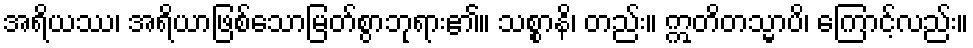
အရိယဿ၊ အရိယာဖြစ်သောမြတ်စွာဘုရား၏။ သစ္စာနိ၊ တည်း။ ဣတိတသ္မာပိ၊ ကြောင့်လည်း။